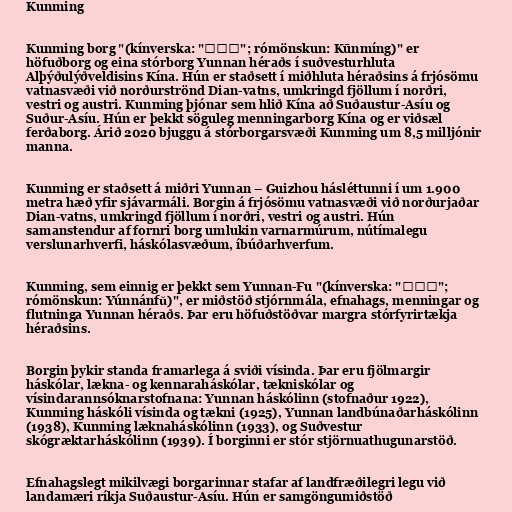
Kunming

Kunming borg "(kínverska: "昆明市"; rómönskun: Kūnmíng)" er
höfuðborg og eina stórborg Yunnan héraðs í suðvesturhluta
Alþýðulýðveldisins Kína. Hún er staðsett í miðhluta héraðsins á frjósömu
vatnasvæði við norðurströnd Dian-vatns, umkringd fjöllum í norðri,
vestri og austri. Kunming þjónar sem hlið Kína að Suðaustur-Asíu og
Suður-Asíu. Hún er þekkt söguleg menningarborg Kína og er viðsæl
ferðaborg. Árið 2020 bjuggu á stórborgarsvæði Kunming um 8,5 milljónir
manna.

Kunming er staðsett á miðri Yunnan – Guizhou hásléttunni í um 1.900
metra hæð yfir sjávarmáli. Borgin á frjósömu vatnasvæði við norðurjaðar
Dian-vatns, umkringd fjöllum í norðri, vestri og austri. Hún
samanstendur af fornri borg umlukin varnarmúrum, nútímalegu
verslunarhverfi, háskólasvæðum, íbúðarhverfum.

Kunming, sem einnig er þekkt sem Yunnan-Fu "(kínverska: "云南福";
rómönskun: Yúnnánfǔ)", er miðstöð stjórnmála, efnahags, menningar og
flutninga Yunnan héraðs. Þar eru höfuðstöðvar margra stórfyrirtækja
héraðsins.

Borgin þykir standa framarlega á sviði vísinda. Þar eru fjölmargir
háskólar, lækna- og kennaraháskólar, tækniskólar og
vísindarannsóknarstofnana: Yunnan háskólinn (stofnaður 1922),
Kunming háskóli vísinda og tækni (1925), Yunnan landbúnaðarháskólinn
(1938), Kunming læknaháskólinn (1933), og Suðvestur
skógræktarháskólinn (1939). Í borginni er stór stjörnuathugunarstöð.

Efnahagslegt mikilvægi borgarinnar stafar af landfræðilegri legu við
landamæri ríkja Suðaustur-Asíu. Hún er samgöngumiðstöð